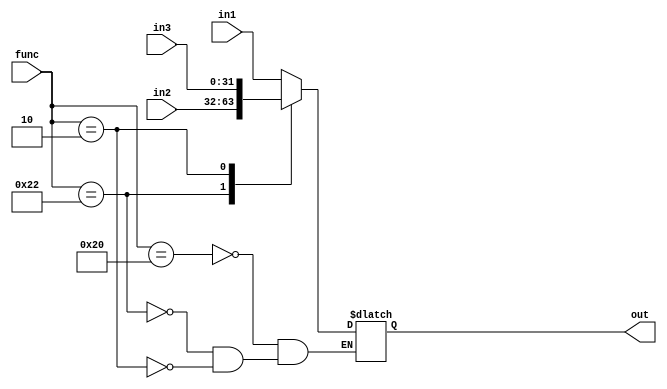
module mux
(
	input [31:0] in1, in2, in3,
	input [6:0] func,
	output reg [31:0] out
);
always@(in1, in2, in3, out) begin
	case(func)
		6'b100000: begin
			out <= in1;
		end
		6'b100010: begin
			out <= in2;
		end
		6'b000010: begin
			out <= in3;
		end
	endcase
end
endmodule